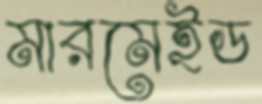
মারমেইড